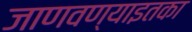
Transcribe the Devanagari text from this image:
जाणवण्याइतका